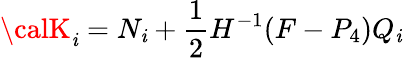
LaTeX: {\calK}_{\mathit{i}}={N}_{\mathit{i}}+\frac{{1}}{{2}}H^{-1}(F-P_{4})Q_{\mathit{i}}